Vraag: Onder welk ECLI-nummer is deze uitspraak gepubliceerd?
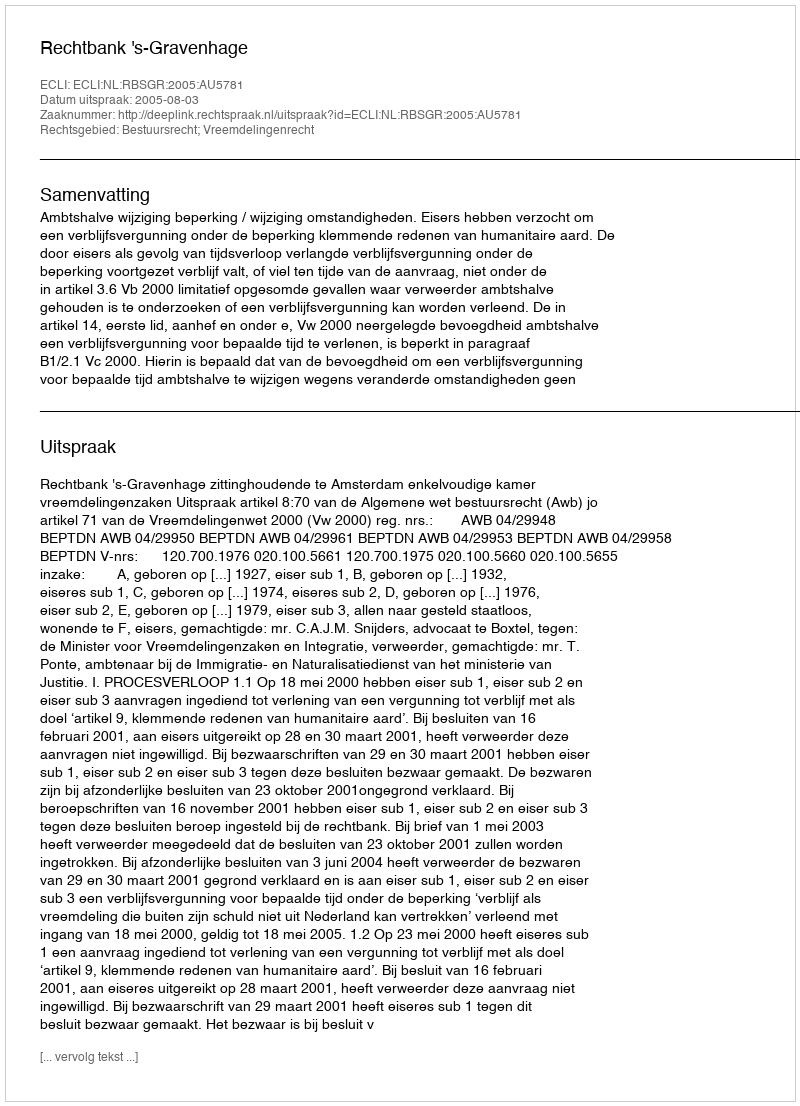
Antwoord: ECLI:NL:RBSGR:2005:AU5781